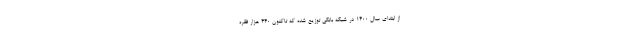
از ابتدای سال ۱۴۰۰ در شبکه بانکی توزیع شده که تاکنون ۴۴۰ هزار فقره